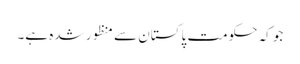
جو کہ حکومت پاکستان سے منظور شدہ ہے۔